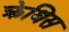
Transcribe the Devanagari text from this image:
क्रेथिस